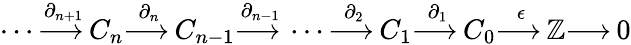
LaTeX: \dotsb{\overset{\partial_{n+1}}{\longrightarrow\, }}C_{n}{\overset{\partial_{n}}{\longrightarrow\, }}C_{n-1}{\overset{\partial_{n-1}}{\longrightarrow\, }}\dotsb{\overset{\partial_{2}}{\longrightarrow\, }}C_{1}{\overset{\partial_{1}}{\longrightarrow\, }}C_{0}{\overset{\epsilon}{\longrightarrow\, }}\mathbb{Z}{\longrightarrow\, }0